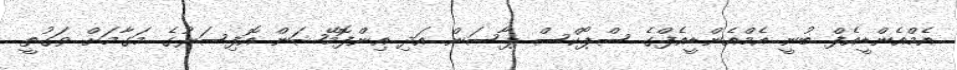
އެމްއެންޑީއެފް ބުނީ އެމްއެންޑީއެފްގެ ސްޕޯކްސް ޕާސަން އަދި އިންފޮމޭޝަން އޮފިސަރުގެ މަގާމަށް ވަގުތީ